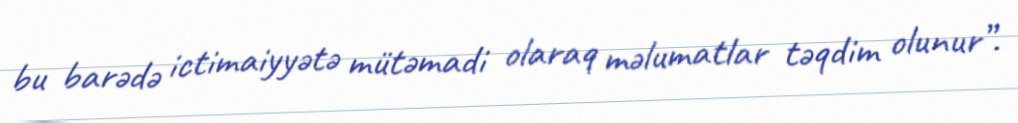
bu barədə ictimaiyyətə mütəmadi olaraq məlumatlar təqdim olunur”.